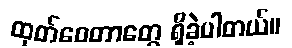
ထုတ်ဝေတာတွေ ရှိခဲ့ပါတယ်။